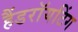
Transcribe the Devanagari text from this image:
हैंडराॅयटिंग